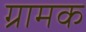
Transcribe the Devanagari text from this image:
ग्रामक